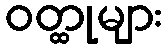
ဝတ္ထုများ